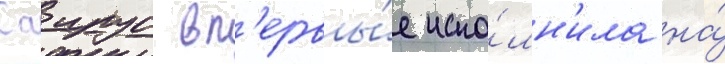
Саирус вп'ервы́е испо́лн'ила на́